Indian journal of veterinary science and animal husbandry - Volume 2,
Year: 1932
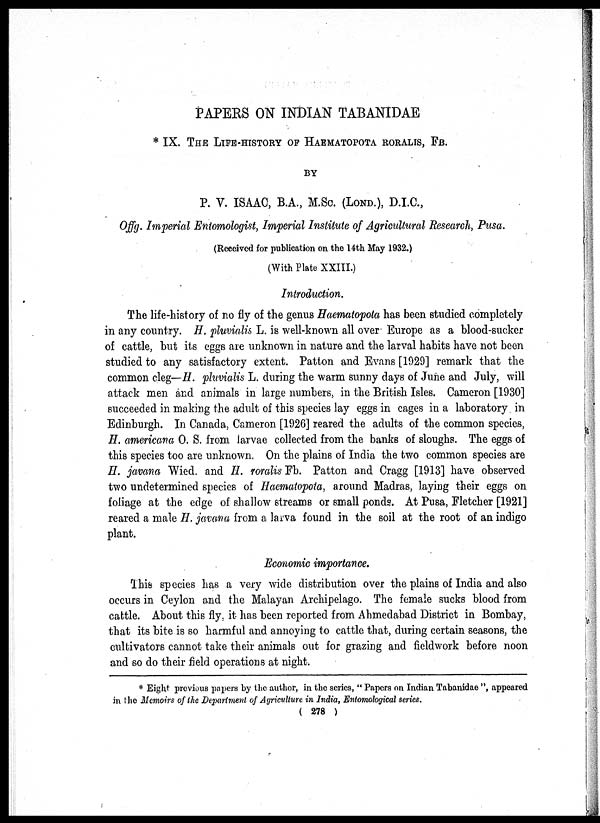
PAPERS ON INDIAN TABANIDAE
* IX. THE LIFE-HISTORY OF HAEMATOPOTA RORALIS, FB.
BY
P. V. ISAAC, B.A., M.Sc. (LOND.), D.I.C.,
Offg. Imperial Entomologist, Imperial Institute of Agricultural Research, Pusa.
(Received for publication on the 14th May 1932.)
(With Plate XXIII.)
Introduction.
The life-history of no fly of the genus Haematopota has been studied completely
in any country. H. pluvialis L. is well-known all over Europe as a blood-sucker
of cattle, but its eggs are unknown in nature and the larval habits have not been
studied to any satisfactory extent. Patton and Evans [1929] remark that the
common cleg—H. pluvialis L. during the warm sunny days of June and July, will
attack men and animals in large numbers, in the British Isles. Cameron [1930]
succeeded in making the adult of this species lay eggs in cages in a laboratory in
Edinburgh. In Canada, Cameron [1926] reared the adults of the common species,
H. americana O. S. from larvae collected from the banks of sloughs. The eggs of
this species too are unknown. On the plains of India the two common species are
H. javana Wied. and H. roralis Fb. Patton and Cragg [1913] have observed
two undetermined species of Haematopota, around Madras, laying their eggs on
foliage at the edge of shallow streams or small ponds. At Pusa, Fletcher [1921]
reared a male H. javana from a larva found in the soil at the root of an indigo
plant.
Economic importance.
This species has a very wide distribution over the plains of India and also
occurs in Ceylon and the Malayan Archipelago. The female sucks blood from
cattle. About this fly, it has been reported from Ahmedabad District in Bombay,
that its bite is so harmful and annoying to cattle that, during certain seasons, the
cultivators cannot take their animals out for grazing and fieldwork before noon
and so do their field operations at night.
* Eight previous papers by the author, in the series, " Papers on Indian Tabanidae ", appeared
in the Memoirs of the Department of Agriculture in India, Entomological series.
( 278 )